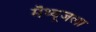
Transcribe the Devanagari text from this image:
मॅथ्यूजला